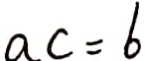
a c = 6